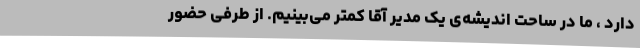
دارد ، ما در ساحت اندیشه‌ی یک مدیر آقا کمتر می‌بینیم. از طرفی حضور